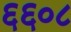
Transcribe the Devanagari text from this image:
६६०८